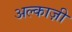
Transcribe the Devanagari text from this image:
अल्काज़ी